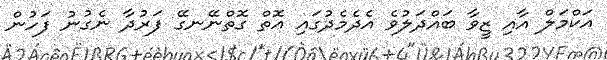
އަކްމަލް އާއި ޒީވާ ބައްދަލުވެ އެދެމެދުގައި އޮތް ގޮތްނޭނގޭ ފަރުދާ ނެގުނު ފަހުން